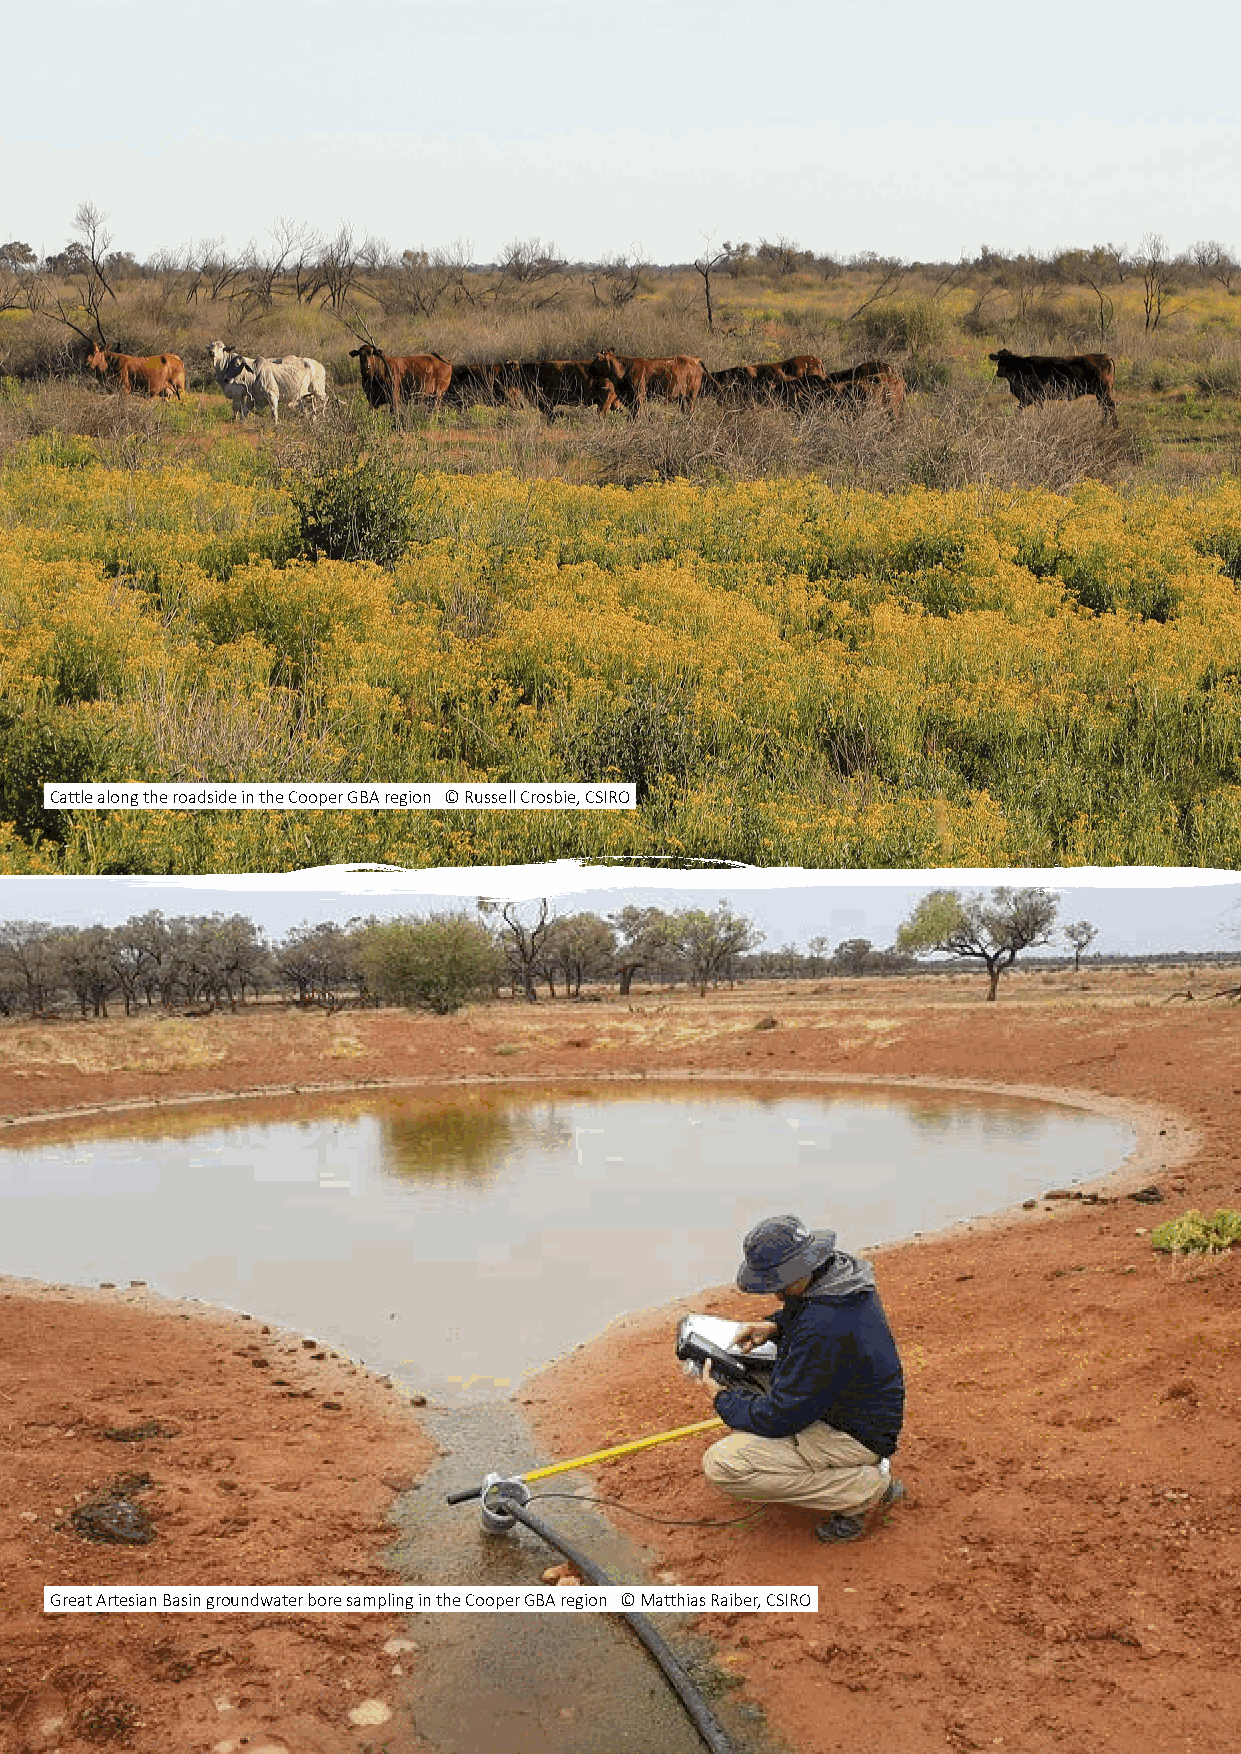
Cattle along the roadside in the Cooper GBA region © Russell Crosbie, CSIRO
 Great Artesian Basin groundwater bore sampling in the Cooper GBA region © Matthias Raiber, CSIRO